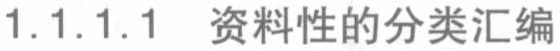
1.1.1.1 资料性的分类汇编